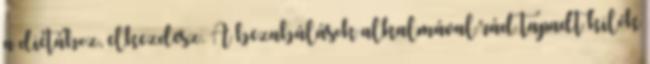
a diétához, elkezdesz. A bezabálások alkalmával rád tapadt kilók